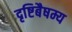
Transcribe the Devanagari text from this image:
दृष्टिबैषम्य